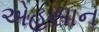
એહસાન